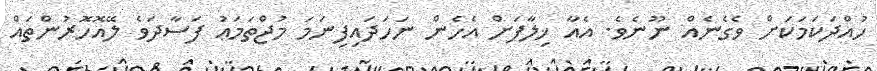
ހުއްދަކަމަކަށް ވެގެނެއް ނޫނެވެ. އެއާ ޚިލާފަށް އެހެން ނަހަދައިފިނަމަ މުޖްތަމަޢު ފަސާދަވެ ލޭއޮހޮރުންތައް